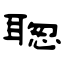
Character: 聦